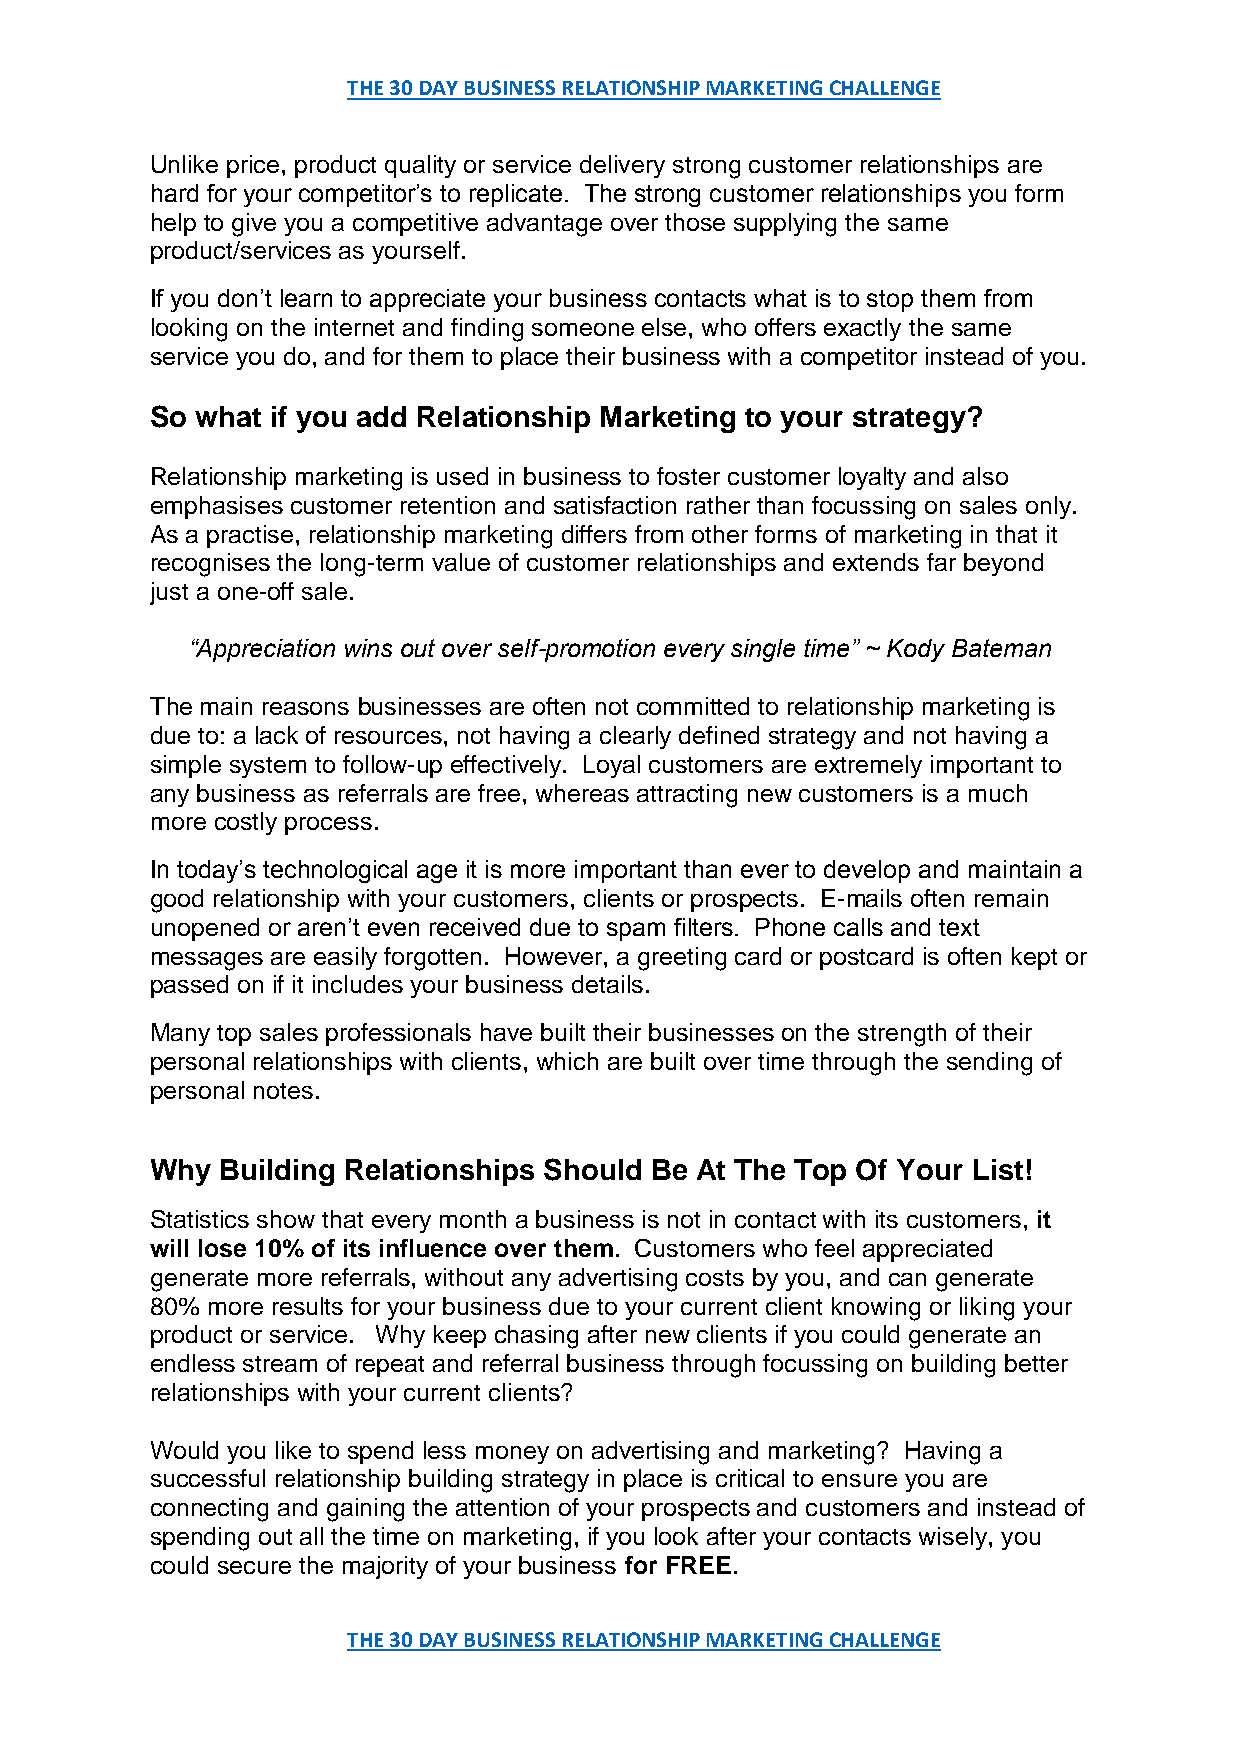
THE 30 DAY BUSINESS RELATIONSHIP MARKETING CHALLENGE
 Unlike price, product quality or service delivery strong customer relationships are
 hard for your competitor’s to replicate. The strong customer relationships you form
 help to give you a competitive advantage over those supplying the same
 product/services as yourself.
 If you don’t learn to appreciate your business contacts what is to stop them from
 looking on the internet and finding someone else, who offers exactly the same
 service you do, and for them to place their business with a competitor instead of you.
 So what if you add Relationship Marketing to your strategy?
 Relationship marketing is used in business to foster customer loyalty and also
 emphasises customer retention and satisfaction rather than focussing on sales only.
 As a practise, relationship marketing differs from other forms of marketing in that it
 recognises the long-term value of customer relationships and extends far beyond
 just a one-off sale.
 “Appreciation wins out over self-promotion every single time” ~ Kody Bateman
 The main reasons businesses are often not committed to relationship marketing is
 due to: a lack of resources, not having a clearly defined strategy and not having a
 simple system to follow-up effectively. Loyal customers are extremely important to
 any business as referrals are free, whereas attracting new customers is a much
 more costly process.
 In today’s technological age it is more important than ever to develop and maintain a
 good relationship with your customers, clients or prospects. E-mails often remain
 unopened or aren’t even received due to spam filters. Phone calls and text
 messages are easily forgotten. However, a greeting card or postcard is often kept or
 passed on if it includes your business details.
 Many top sales professionals have built their businesses on the strength of their
 personal relationships with clients, which are built over time through the sending of
 personal notes.
 Why  Building Relationships Should Be At The Top Of Your List!
 Statistics show that every month a business is not in contact with its customers, it
 will lose 10% of its influence over them. Customers who feel appreciated
 generate more referrals, without any advertising costs by you, and can generate
 80% more results for your business due to your current client knowing or liking your
 product or service. Why keep chasing after new clients if you could generate an
 endless stream of repeat and referral business through focussing on building better
 relationships with your current clients?
 Would you like to spend less money on advertising and marketing? Having a
 successful relationship building strategy in place is critical to ensure you are
 connecting and gaining the attention of your prospects and customers and instead of
 spending out all the time on marketing, if you look after your contacts wisely, you
 could secure the majority of your business for FREE.
 THE 30 DAY BUSINESS RELATIONSHIP MARKETING CHALLENGE